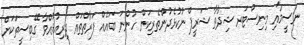
ނަސީމާއި މިނިސްޓަރ ޝިދާތާ ޝަރީފް ނުކުޅެދުންތެރިކަން ހުންނަ ބައެއް ފަރާތްތައް ދިރިއުޅުއްވާ ގޭބިސީތަކަށް